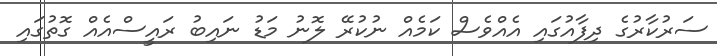
ސަރުކާރުގެ ދިފާއުގައި އެއްވެސް ކަމެއް ނުކުރޭ ލޮނު މަޑު ނައިބު ރައީސްއެއް ގޮތުގައި